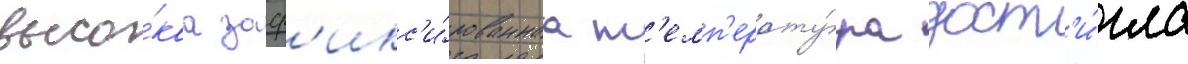
высо́каа заф'икс'и́рованнаа т'емп'ерату́ра дост'и́гла